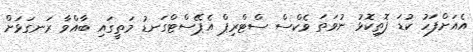
އެއަށްފަހު ކުޑަ ފޮތިކޮޅު ނުވަތަ ވެކްސް ސްޓްރިޕް އެޕޭސްޓްގަނޑު މަތީގައި ބާއްވާ ރަނގަޅަށް